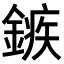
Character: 𨪏